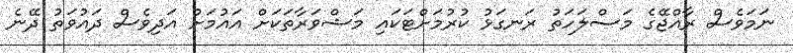
ނަމަވެސް ރާއްޖޭގެ މަސްލަހަތު ރަނގަޅު ކުރުމަށްޓަކައި މަޝްވަރާތަކަށް އައުމަށް އަދިވެސް ދައުވަތު ދޭނެ